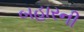
બહારની